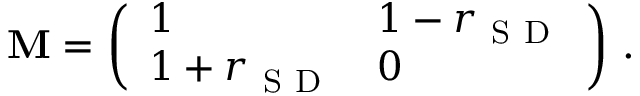
\mathbf { M } = \left( \begin{array} { l l } { 1 } & { 1 - r _ { \mathrm { ~ S ~ D ~ } } } \\ { 1 + r _ { \mathrm { ~ S ~ D ~ } } } & { 0 } \end{array} \right) \, .